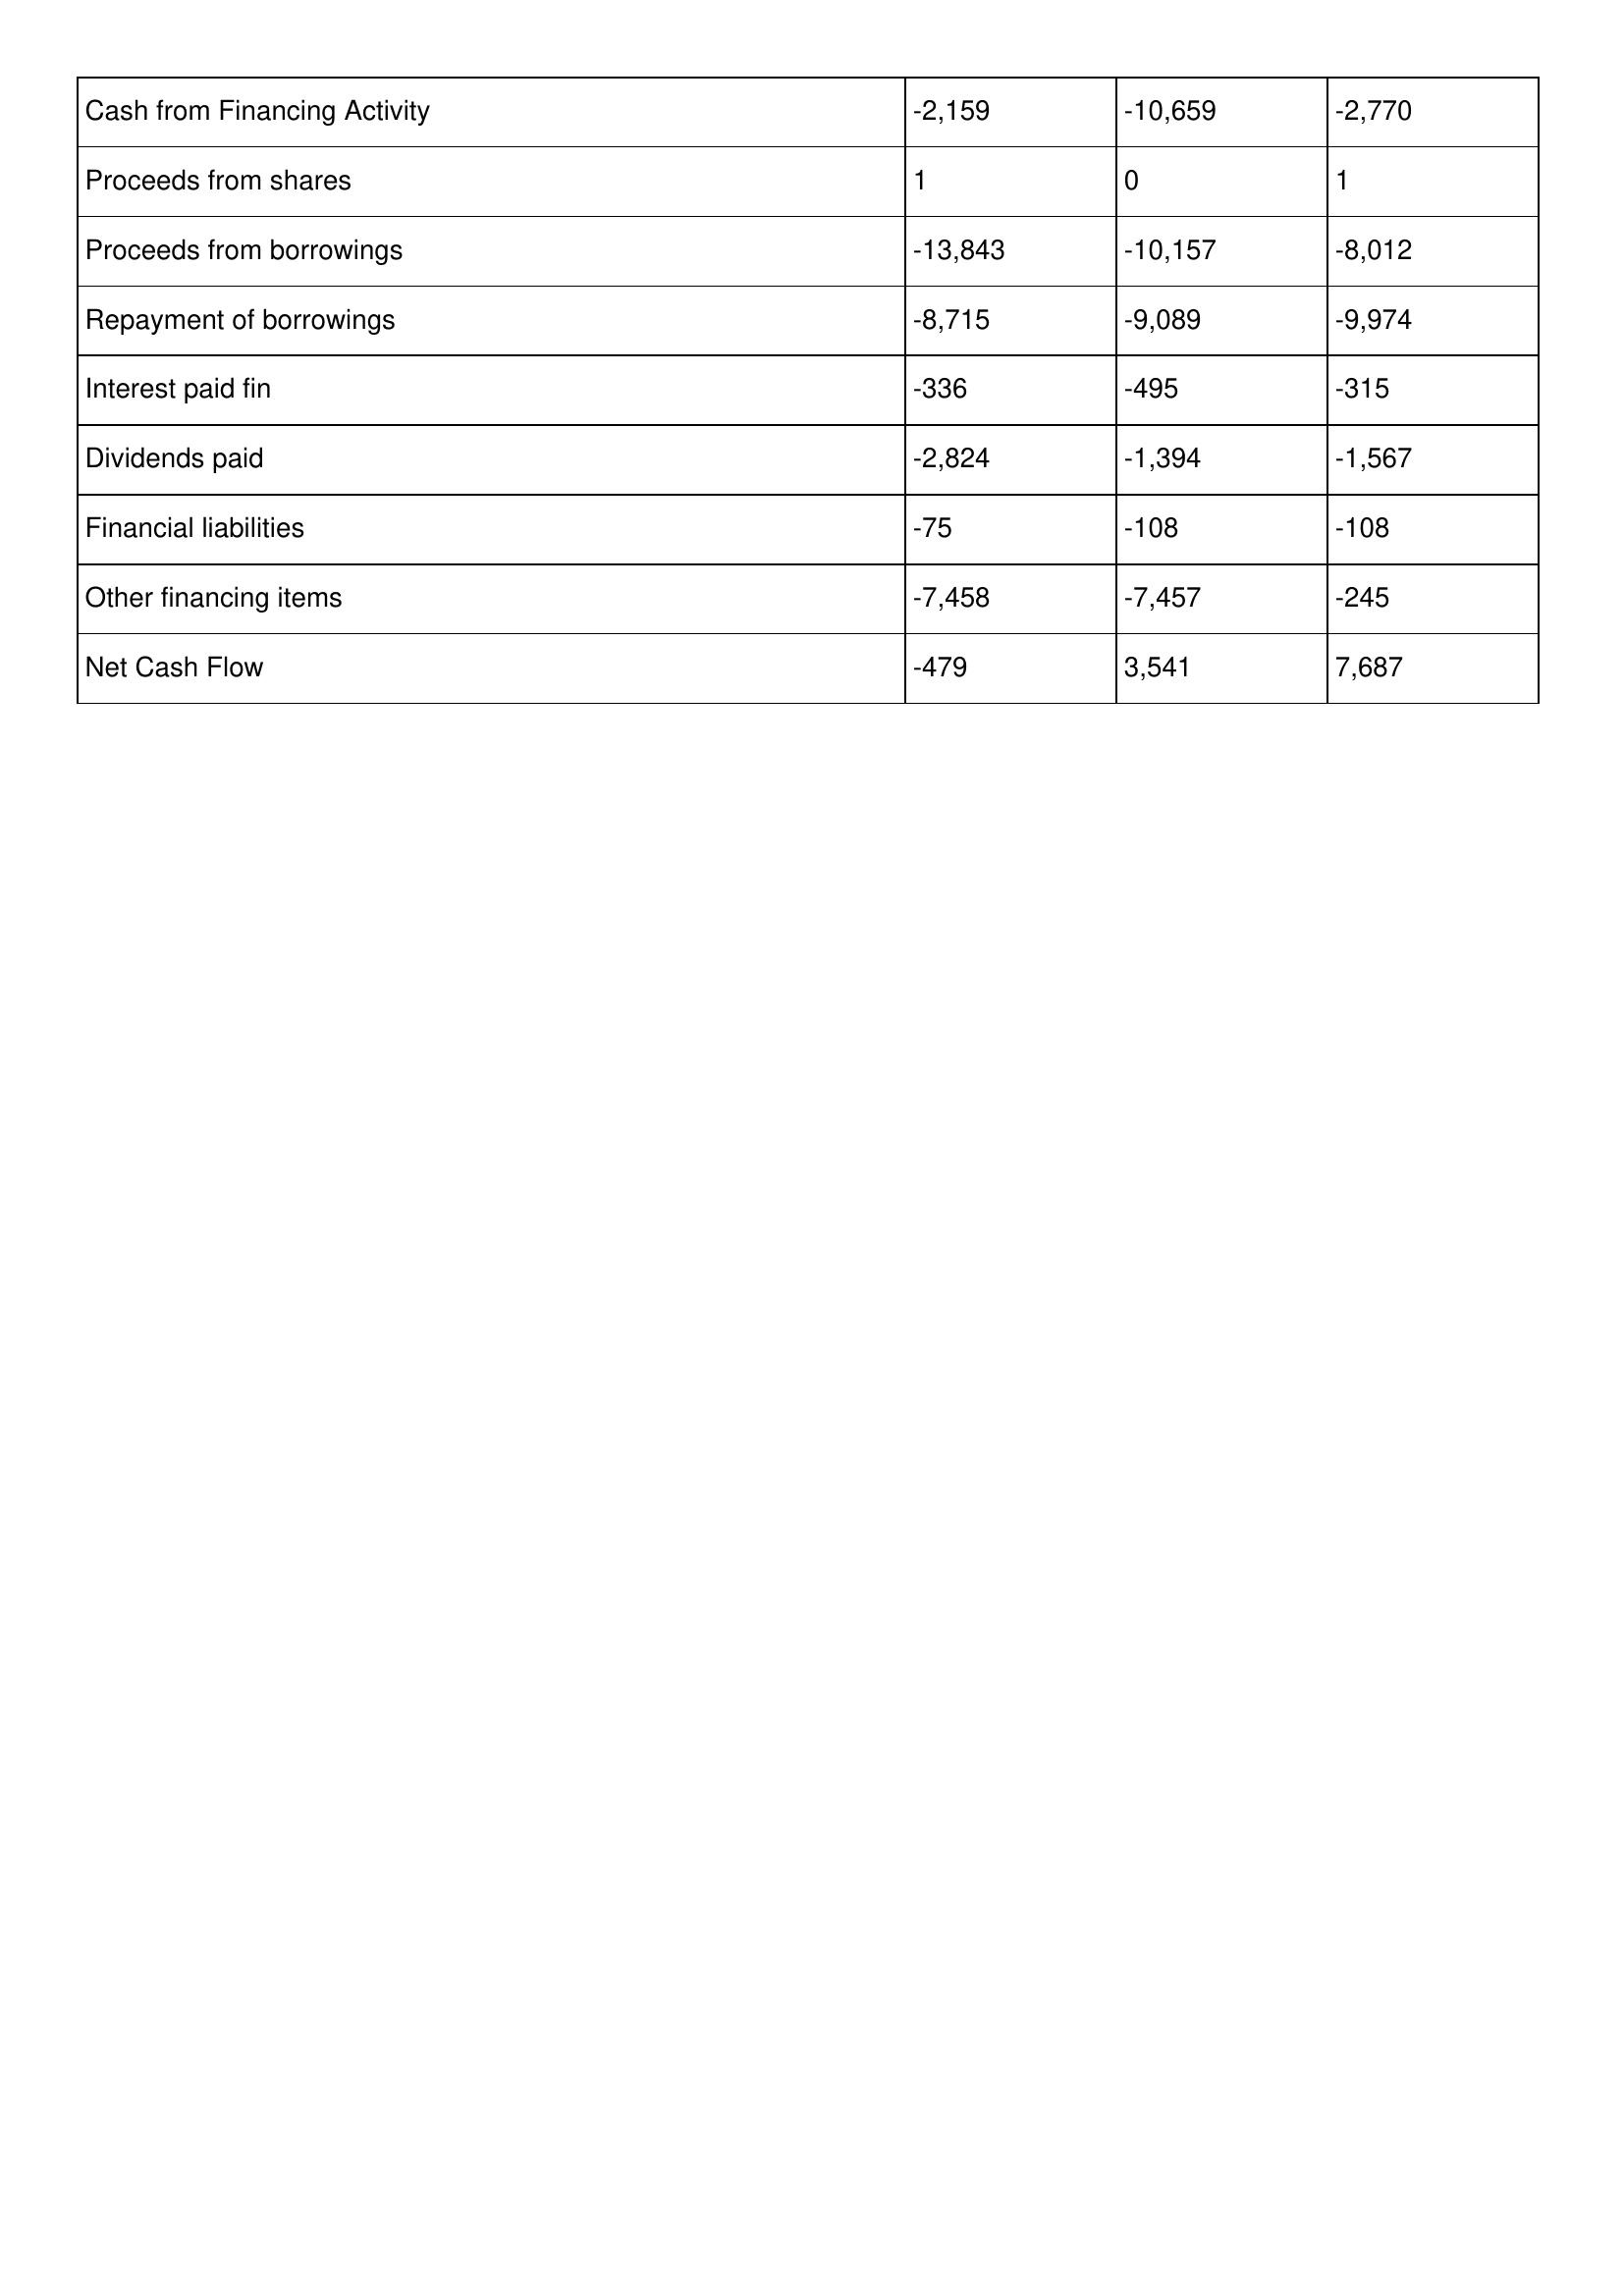
gt_parse: 1997: Cash Flows: Cash from Financing Activity: -2,159
Proceeds from shares: 1
Proceeds from borrowings: -13,843
Repayment of borrowings: -8,715
Interest paid fin: -336
Dividends paid: -2,824
Financial liabilities: -75
Other financing items: -7,458
Net Cash Flow: -479
1996: Cash Flows: Cash from Financing Activity: -10,659
Proceeds from shares: 0
Proceeds from borrowings: -10,157
Repayment of borrowings: -9,089
Interest paid fin: -495
Dividends paid: -1,394
Financial liabilities: -108
Other financing items: -7,457
Net Cash Flow: 3,541
1995: Cash Flows: Cash from Financing Activity: -2,770
Proceeds from shares: 1
Proceeds from borrowings: -8,012
Repayment of borrowings: -9,974
Interest paid fin: -315
Dividends paid: -1,567
Financial liabilities: -108
Other financing items: -245
Net Cash Flow: 7,687